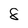
Character: 8